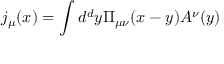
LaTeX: j _ { \mu } ( x ) = \int d ^ { d } y \Pi _ { \mu \nu } ( x - y ) A ^ { \nu } ( y )